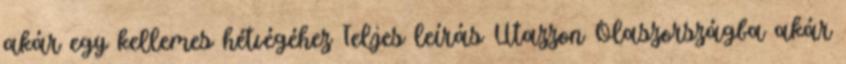
akár egy kellemes hétvégéhez Teljes leírás Utazzon Olaszországba akár